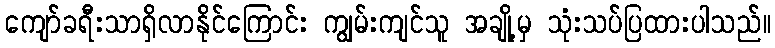
ကျော်ခရီးသာရှိလာနိုင်ကြောင်း ကျွမ်းကျင်သူ အချို့မှ သုံးသပ်ပြထားပါသည်။